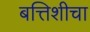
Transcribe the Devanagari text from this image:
बत्तिशीचा